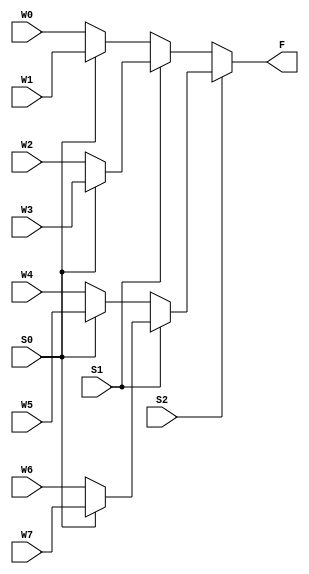
// This program was cloned from: https://github.com/ckugel/Reaction-Time-Game
// License: MIT License

`ifndef Mux8
`define Mux8

module Mux8(S2, S1, S0, W7, W6, W5, W4, W3, W2, W1, W0, F);
	input [12:0] W0;
	input [12:0] W1;
	input [12:0] W2;
	input [12:0] W3;
	input [12:0] W4;
	input [12:0] W5;
	input [12:0] W6;
	input [12:0] W7;
	
	input S2;
	input S1;
	input S0;

	wire [12:0] SW1;
	wire [12:0] SW2;
	wire [12:0] SW3;
	wire [12:0] SW4;

	wire [12:0] ST1;
	wire [12:0] ST2;
	
	output [12:0] F;
	
	assign SW1 = S0 ? W1 : W0;
	assign SW2 = S0 ? W3 : W2;
	assign SW3 = S0 ? W5 : W4;
	assign SW4 = S0 ? W7 : W6;
	
	assign ST1 = S1 ? SW2 : SW1;
	assign ST2 = S1 ? SW4 : SW3;
	
	assign F = S2 ? ST2 : ST1;
	
endmodule

`endif